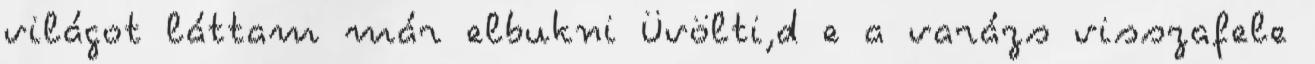
világot láttam már elbukni Üvölti,d e a varázs visszafele